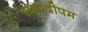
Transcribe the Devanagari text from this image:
सथ्यदीपम